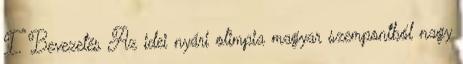
I. Bevezetés Az idei nyári olimpia magyar szempontból nagy